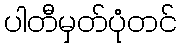
ပါတီမှတ်ပုံတင်